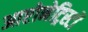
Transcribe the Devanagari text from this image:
आप्टोनेट्रिस्टों